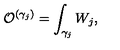
{ \cal O } ^ { ( \gamma _ { j } ) } = \int _ { \gamma _ { j } } W _ { j } ,